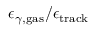
\epsilon _ { \gamma , \mathrm { g a s } } / \epsilon _ { \mathrm { t r a c k } }